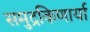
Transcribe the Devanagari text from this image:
समुद्रकिणार्या